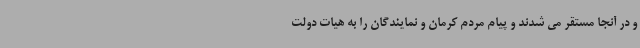
و در آنجا مستقر می شدند و پیام مردم کرمان و نمایندگان را به هیات دولت